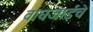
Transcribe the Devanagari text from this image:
वाघजाईचे